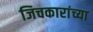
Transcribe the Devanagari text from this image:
जिचकारांच्या